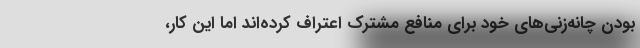
بودن چانه‌زنی‌های خود برای منافع مشترک اعتراف کرده‌اند اما این کار،